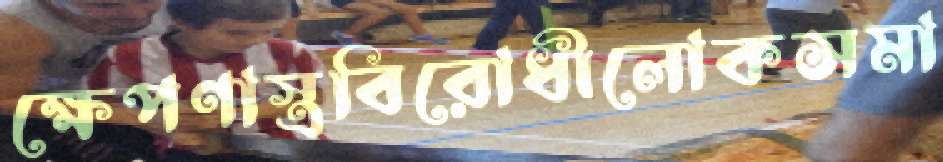
ক্ষেপণাস্ত্রবিরোধীলোকসমা